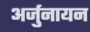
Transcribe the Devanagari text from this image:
अर्जुनायन